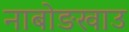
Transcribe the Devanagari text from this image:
नाबोङखाउ